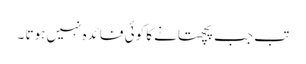
تب جب پچھتانے کا کوئی فائدہ نہیں ہوتا ۔